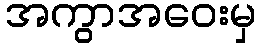
အကွာအဝေးမှ